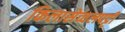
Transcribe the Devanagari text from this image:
किलासेव्वलपट्टी